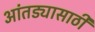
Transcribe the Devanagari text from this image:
आंतड्यासाठी